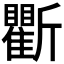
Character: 𣃖